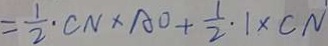
= \frac { 1 } { 2 } \cdot C N \times A O + \frac { 1 } { 2 } \cdot 1 \times C N